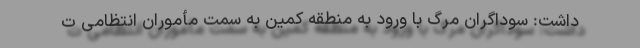
داشت: سوداگران مرگ با ورود به منطقه کمین به سمت مأموران انتظامی ت